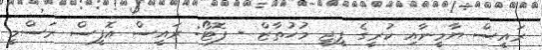
ރައީސް ޔާމީނާއި ކުރީގެ ޕީޖީ މުހުތާޒް - ފޮޓޯ: ރައީސް އޮފީސް ރަސްމީ